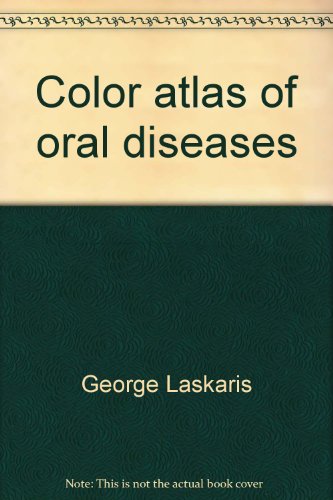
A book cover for Color Atlas of Oral Diseases; George Laskaris; Medical Books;